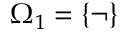
\Omega _ { 1 } = \{ \lnot \}